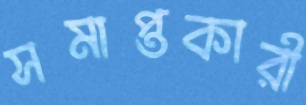
সমাপ্তকারী